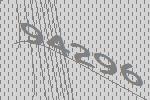
94296